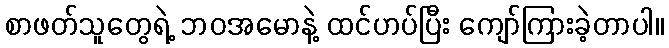
စာဖတ်သူတွေရဲ့ ဘဝအမောနဲ့ ထင်ဟပ်ပြီး ကျော်ကြားခဲ့တာပါ။